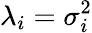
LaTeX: \lambda_{i}=\sigma_{i}^{2}